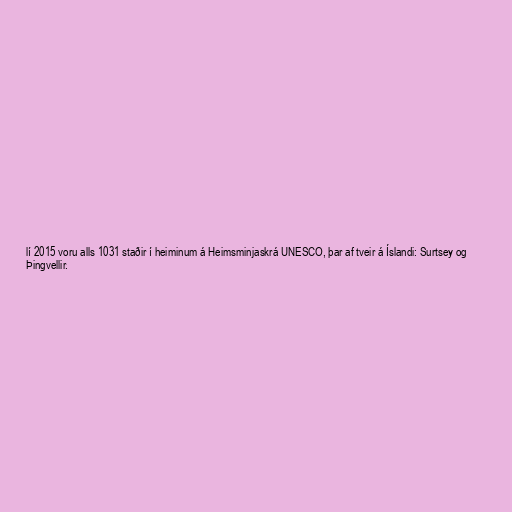
lí 2015 voru alls 1031 staðir í heiminum á Heimsminjaskrá UNESCO, þar af tveir á Íslandi: Surtsey og
Þingvellir.